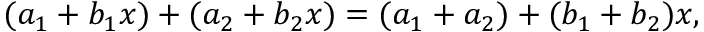
( a _ { 1 } + b _ { 1 } x ) + ( a _ { 2 } + b _ { 2 } x ) = ( a _ { 1 } + a _ { 2 } ) + ( b _ { 1 } + b _ { 2 } ) x ,